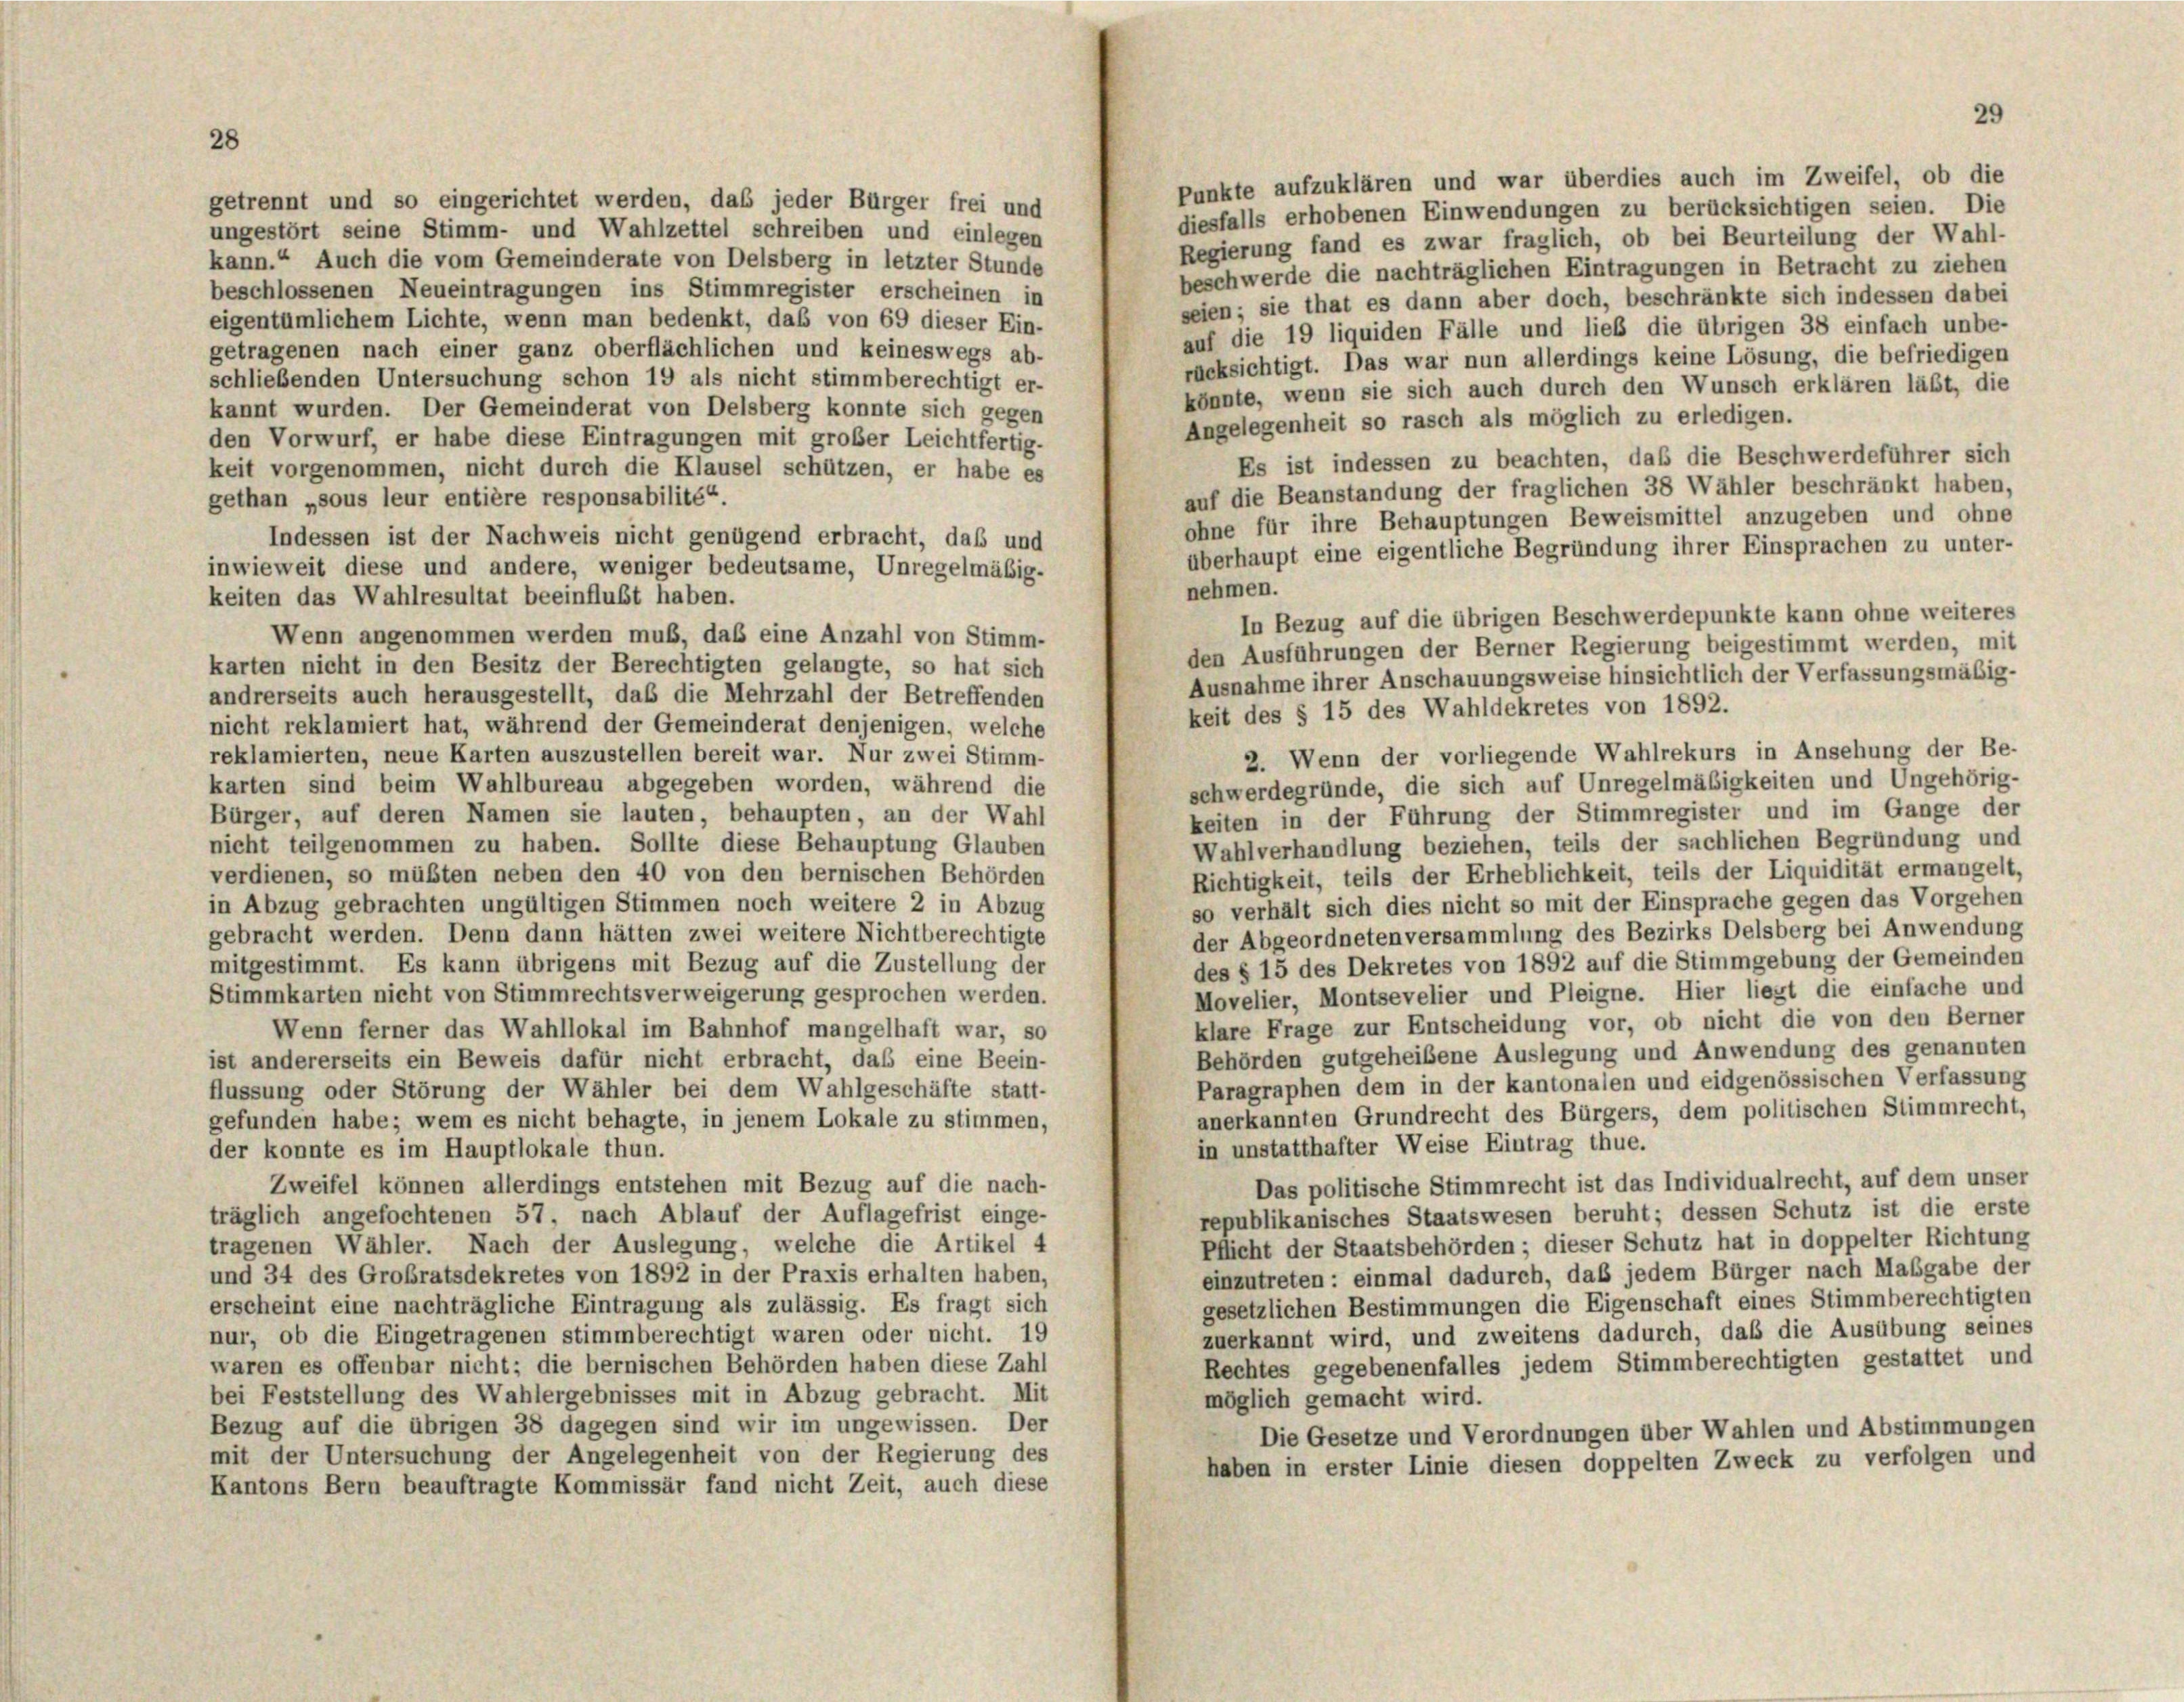
Punkte aufzuklären und war überdies auch im Zweifel, ob die
diesfalls erhobenen Einwendungen zu berücksichtigen seien. Die
ungestört seine Stimm- und Wahlzettel schreiben und einlegen
Regierung fand es zwar fraglich, ob bei Beurteilung der Wahl-
kann.“ Auch die vom Gemeinderate von Delsberg in letzter Stunde
beschwerde die nachträglichen Eintragungen in Betracht zu ziehen
beschlossenen Neueintragungen ins Stimmregister erscheinen in
seien; sie that es dann aber doch, beschränkte sich indessen dabei
eigentümlichem Lichte, wenn man bedenkt, daß von 69 dieser Ein-
auf die 19 liquiden Fälle und lieb die übrigen 38 einfach unbe-
getragenen nach einer ganz oberflächlichen und keineswegs ab-
rücksichtigt. Das war nun allerdings keine Lösung, die befriedigen
schließenden Untersuchung schon 19 als nicht stimmberechtigt er-
könnte, wenn sie sich auch durch den Wunsch erklären läßt, die
kannt wurden. Der Gemeinderat von Delsberg konnte sich gegen
Angelegenheit so rasch als möglich zu erledigen.
den Vorwurf, er habe diese Eintragungen mit großer Leichtfertig-
Es ist indessen zu beachten, daß die Beschwerdeführer sich
keit vorgenommen, nicht durch die Klausel schützen, er habe es
auf die Beanstandung der fraglichen 38 Wähler beschränkt haben,
gethan „sous leur entière responsabilité“.
ohne für ihre Behauptungen Beweismittel anzugeben und ohne
Indessen ist der Nachweis nicht genügend erbracht, daß und
überhaupt eine eigentliche Begründung ihrer Einsprachen zu unter-
inwieweit diese und andere, weniger bedeutsame, Unregelmäßig-
nehmen.
keiten das Wahlresultat beeinflußt haben.
In Bezug auf die übrigen Beschwerdepunkte kann ohne weiteres
Wenn angenommen werden muß, daß eine Anzahl von Stimm-
den Ausführungen der Berner Regierung beigestimmt werden, mit
karten nicht in den Besitz der Berechtigten gelangte, so hat sich
Ausnahme ihrer Anschauungsweise hinsichtlich der Verfassungsmäßig-
andrerseits auch herausgestellt, daß die Mehrzahl der Betreffenden
keit des § 15 des Wahldekretes von 1892.
nicht reklamiert hat, während der Gemeinderat denjenigen, welche
2. Wenn der vorliegende Wahlrekurs in Ansehung der Be-
reklamierten, neue Karten auszustellen bereit war. Nur zwei Stimm-
schwerdegründe, die sich auf Unregelmäßigkeiten und Ungehörig-
karten sind beim Wahlbureau abgegeben worden, während die
Bürger, auf deren Namen sie lauten, behaupten, an der Wahl
keiten in der Führung der Stimmregister und im Gange der
nicht teilgenommen zu haben. Sollte diese Behauptung Glauben
Wahlverhandlung beziehen, teils der sachlichen Begründung und
verdienen, so müßten neben den 40 von den bernischen Behörden
Richtigkeit, teils der Erheblichkeit, teils der Liquidität ermangelt,
so verhält sich dies nicht so mit der Einsprache gegen das Vorgehen
in Abzug gebrachten ungültigen Stimmen noch weitere 2 in Abzug
der Abgeordneten versammlung des Bezirks Delsberg bei Anwendung
gebracht werden. Denn dann hätten zwei weitere Nichtberechtigte
des § 15 des Dekretes von 1892 auf die Stimmgebung der Gemeinden
mitgestimmt. Es kann übrigens mit Bezug auf die Zustellung der
Movelier, Montsevelier und Pleigne. Hier liegt die einfache und
Stimmkarten nicht von Stimmrechtsverweigerung gesprochen werden.
klare Frage zur Entscheidung vor, ob nicht die von den Berner
Wenn ferner das Wahllokal im Bahnhof mangelhaft war, so
Behörden gutgeheißene Auslegung und Anwendung des genannten
ist andererseits ein Beweis dafür nicht erbracht, das eine Beein-
Paragraphen dem in der kantonalen und eidgenössischen Verfassung
flussung oder Störung der Wähler bei dem Wahlgeschäfte statt-
anerkannten Grundrecht des Bürgers, dem politischen Stimmrecht,
gefunden habe; wem es nicht behagte, in jenem Lokale zu stimmen,
in unstatthafter Weise Eintrag thue.
der konnte es im Hauptlokale thun.
Das politische Stimmrecht ist das Individualrecht, auf dem unser
Zweifel können allerdings entstehen mit Bezug auf die nach-
republikanisches Staatswesen beruht; dessen Schutz ist die erste
träglich angefochtenen 57, nach Ablauf der Auflagefrist einge-
Pflicht der Staatsbehörden; dieser Schutz hat in doppelter Richtung
tragenen Wähler. Nach der Auslegung, welche die Artikel 4
einzutreten: einmal dadurch, daß jedem Bürger nach Maßgabe der
und 34 des Großratsdekretes von 1892 in der Praxis erhalten haben,
gesetzlichen Bestimmungen die Eigenschaft eines Stimmberechtigten
erscheint eine nachträgliche Eintragung als zulässig. Es fragt sich
zuerkannt wird, und zweitens dadurch, daß die Ausübung seines
nur, ob die Eingetragenen stimmberechtigt waren oder nicht. 19
Rechtes gegebenenfalles jedem Stimmberechtigten gestattet und
waren es offenbar nicht; die bernischen Behörden haben diese Zahl
bei Feststellung des Wahlergebnisses mit in Abzug gebracht. Mit
möglich gemacht wird.
Bezug auf die übrigen 38 dagegen sind wir im ungewissen. Der
Die Gesetze und Verordnungen über Wahlen und Abstimmungen
mit der Untersuchung der Angelegenheit von der Regierung des
haben in erster Linie diesen doppelten Zweck zu verfolgen und
Kantons Bern beauftragte Kommissär fand nicht Zeit, auch diese

getrennt und so eingerichtet werden, daß jeder Bürger frei und

29